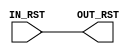

// Copyright (c) 2000-2012 Bluespec, Inc.

// Permission is hereby granted, free of charge, to any person obtaining a copy
// of this software and associated documentation files (the "Software"), to deal
// in the Software without restriction, including without limitation the rights
// to use, copy, modify, merge, publish, distribute, sublicense, and/or sell
// copies of the Software, and to permit persons to whom the Software is
// furnished to do so, subject to the following conditions:

// The above copyright notice and this permission notice shall be included in
// all copies or substantial portions of the Software.

// THE SOFTWARE IS PROVIDED "AS IS", WITHOUT WARRANTY OF ANY KIND, EXPRESS OR
// IMPLIED, INCLUDING BUT NOT LIMITED TO THE WARRANTIES OF MERCHANTABILITY,
// FITNESS FOR A PARTICULAR PURPOSE AND NONINFRINGEMENT. IN NO EVENT SHALL THE
// AUTHORS OR COPYRIGHT HOLDERS BE LIABLE FOR ANY CLAIM, DAMAGES OR OTHER
// LIABILITY, WHETHER IN AN ACTION OF CONTRACT, TORT OR OTHERWISE, ARISING FROM,
// OUT OF OR IN CONNECTION WITH THE SOFTWARE OR THE USE OR OTHER DEALINGS IN
// THE SOFTWARE.
//
// $Revision: 29441 $
// $Date: 2012-08-27 21:58:03 +0000 (Mon, 27 Aug 2012) $

`ifdef BSV_ASSIGNMENT_DELAY
`else
  `define BSV_ASSIGNMENT_DELAY
`endif

`ifdef BSV_POSITIVE_RESET
  `define BSV_RESET_VALUE 1'b1
  `define BSV_RESET_EDGE posedge
`else
  `define BSV_RESET_VALUE 1'b0
  `define BSV_RESET_EDGE negedge
`endif



module SyncReset0 (
		   IN_RST,
		   OUT_RST
		   );

   input   IN_RST ;
   output  OUT_RST ;

   assign  OUT_RST = IN_RST ;

endmodule